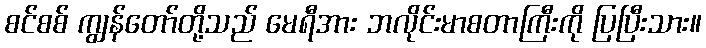
စင်စစ် ကျွန်တော်တို့သည် မေရီအား ဘလိုင်းမာစတာကြီးကို ပြပြီးသား။